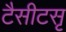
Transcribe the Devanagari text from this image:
टैसीटसृ